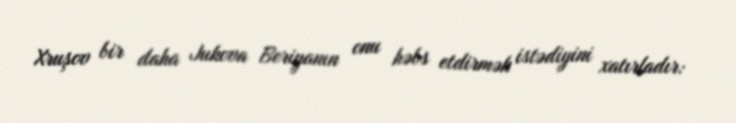
Xruşov bir daha Jukova Beriyanın onu həbs etdirmək istədiyini xatırladır: